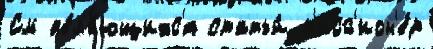
См явл'я́ющихс'я статьи́ м'исс'ион'е́р